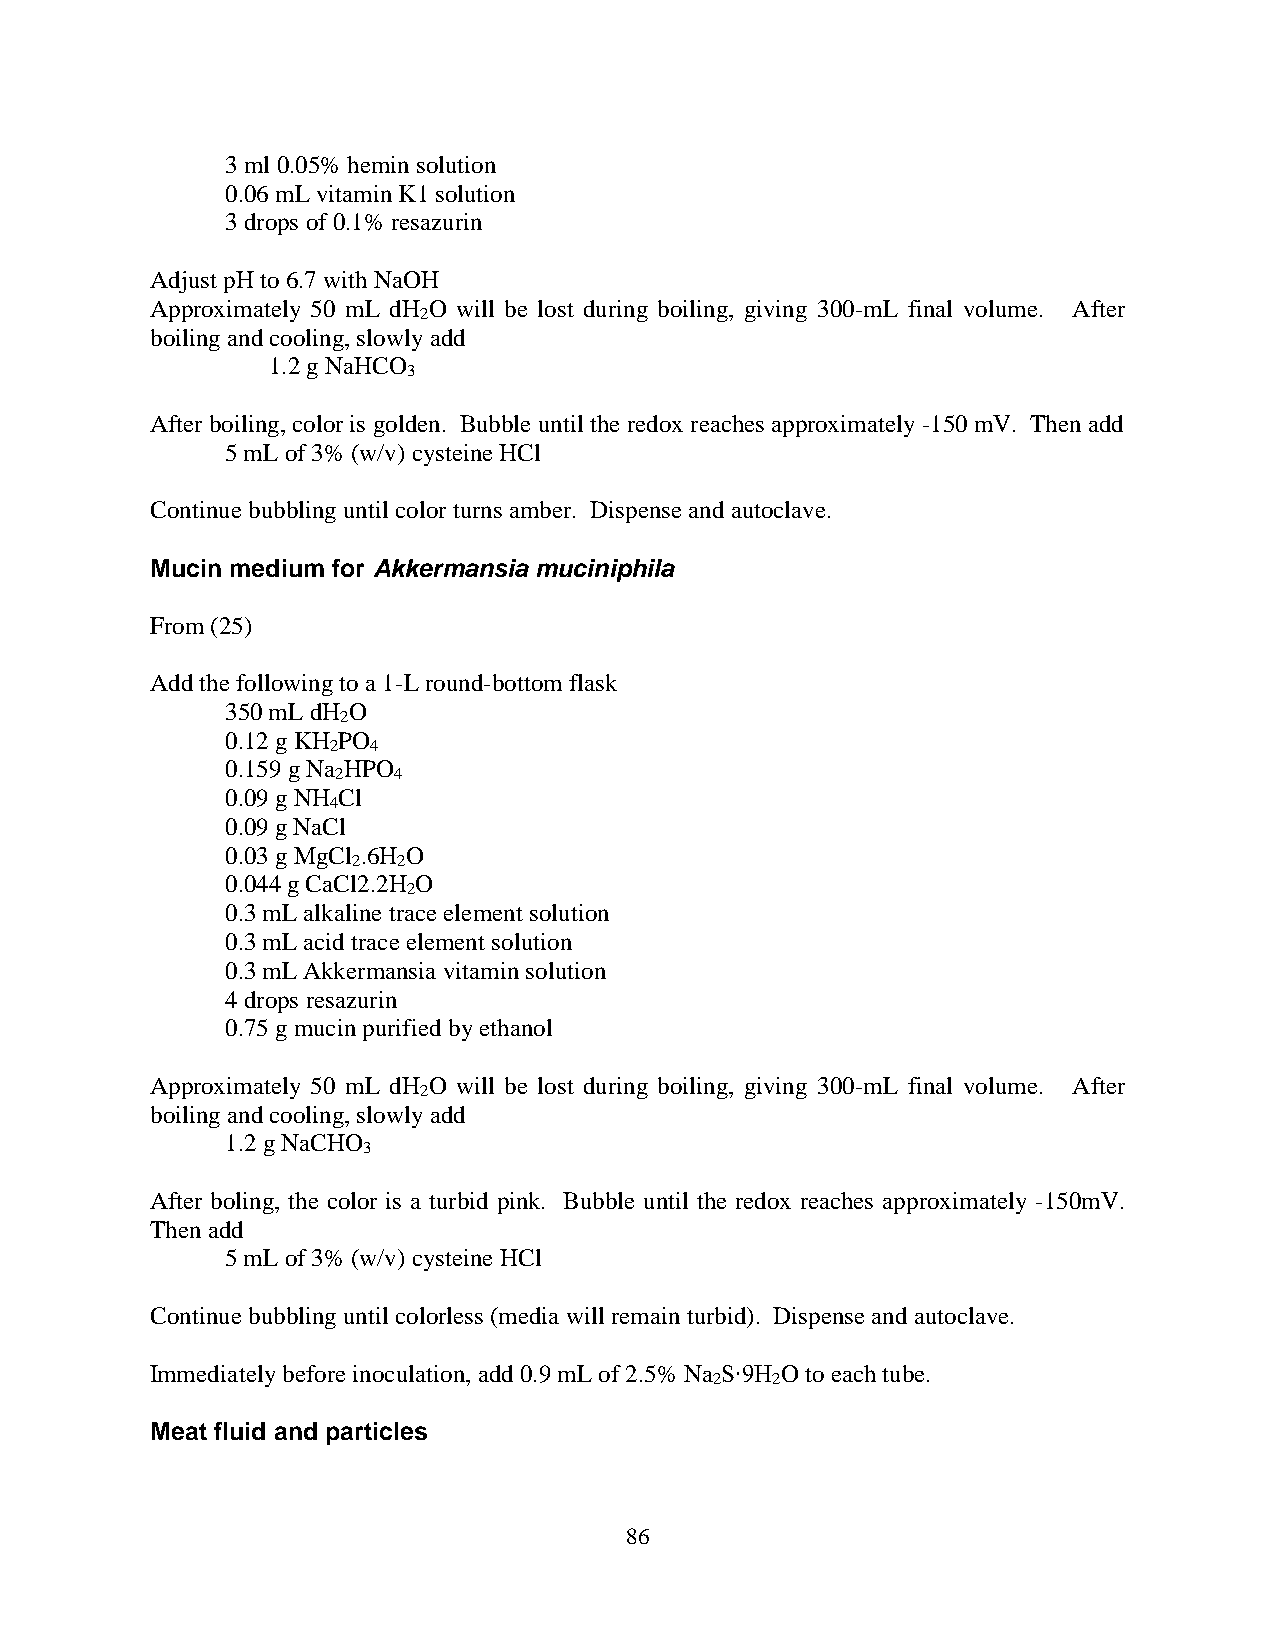
3 ml 0.05% hemin solution
 0.06 mL vitamin K1 solution
 3 drops of 0.1% resazurin
 Adjust pH to 6.7 with NaOH
 Approximately 50 mL dH O will be lost during boiling, giving 300-mL final volume. After
 2
 boiling and cooling, slowly add
 1.2 g NaHCO
 3
 After boiling, color is golden. Bubble until the redox reaches approximately -150 mV. Then add
 5 mL of 3% (w/v) cysteine HCl
 Continue bubbling until color turns amber. Dispense and autoclave.
 Mucin medium for Akkermansia muciniphila
 From (25)
 Add the following to a 1-L round-bottom flask
 350 mL dH O
 2
 0.12 g KH PO
 2 4
 0.159 g Na HPO
 2   4
 0.09 g NH Cl
 4
 0.09 g NaCl
 0.03 g MgCl .6H O
 2  2
 0.044 g CaCl2.2H O
 2
 0.3 mL alkaline trace element solution
 0.3 mL acid trace element solution
 0.3 mL Akkermansia vitamin solution
 4 drops resazurin
 0.75 g mucin purified by ethanol
 Approximately 50 mL dH O will be lost during boiling, giving 300-mL final volume. After
 2
 boiling and cooling, slowly add
 1.2 g NaCHO
 3
 After boling, the color is a turbid pink. Bubble until the redox reaches approximately -150mV.
 Then add
 5 mL of 3% (w/v) cysteine HCl
 Continue bubbling until colorless (media will remain turbid). Dispense and autoclave.
 Immediately before inoculation, add 0.9 mL of 2.5% Na S∙9H O to each tube.
 2   2
 Meat fluid and particles
 86